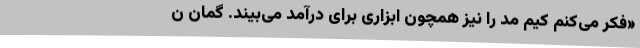
«فکر می‌کنم کیم مد را نیز همچون ابزاری برای درآمد می‌بیند. گمان ن